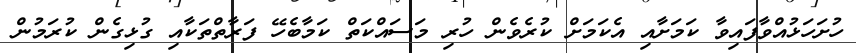
ހުށަހަޅުއްވާފައިވާ ކަމަށާއި އެކަމަށް ކުރެވެން ހުރި މަސައްކަތް ކަމާބެހޭ ފަރާތްތަކާއި ގުޅިގެން ކުރަމުން